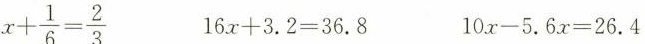
$$x+ \frac{1}{6}= \frac{2}{3}$$ 16x+3.2=36.8 10.x-5.6x=26.4